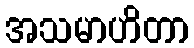
အသမာဟိတာ